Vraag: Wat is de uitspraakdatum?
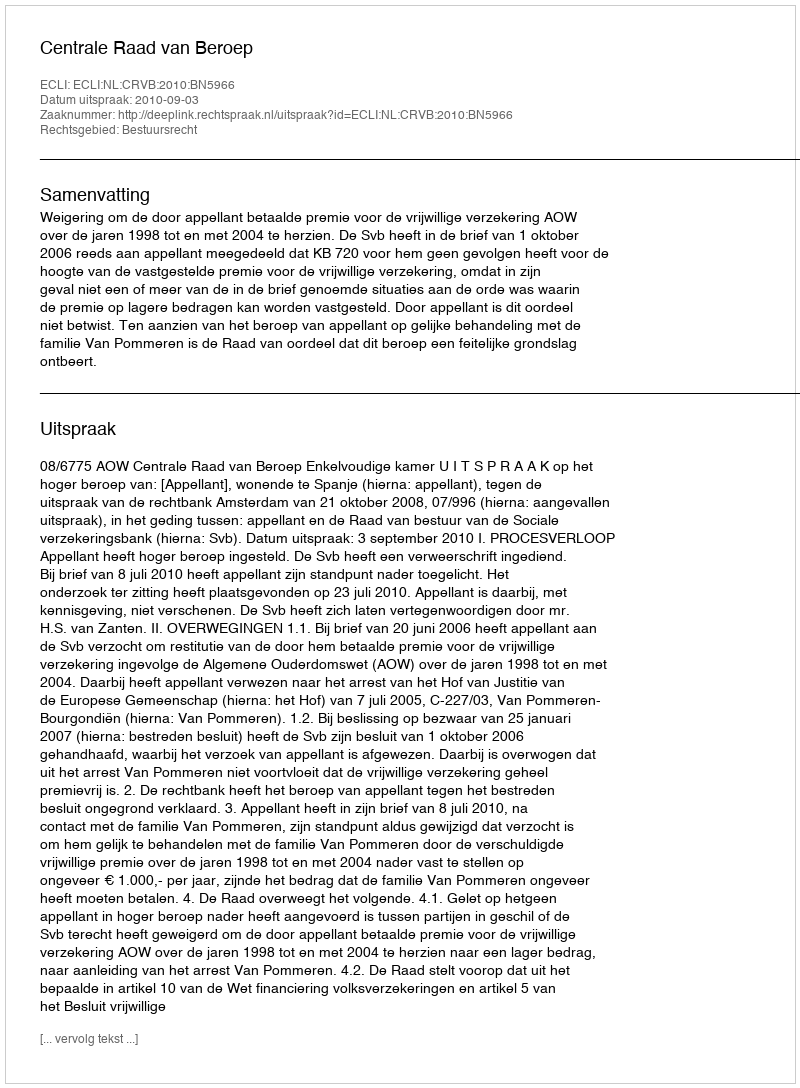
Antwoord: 2010-09-03